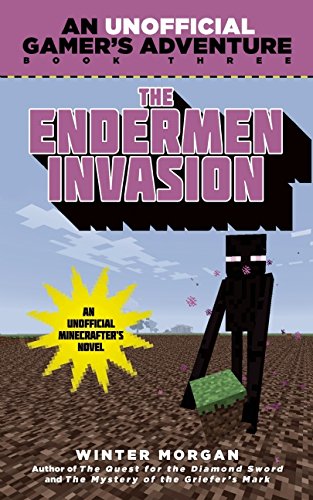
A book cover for The Endermen Invasion: An Unofficial Gamer's Adventure, Book Three; Winter Morgan; Children's Books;